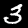
Digit: 3